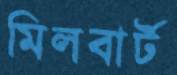
মিলবার্ট